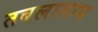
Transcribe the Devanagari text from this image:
तबलासाथ